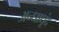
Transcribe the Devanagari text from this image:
अन्धाधूंद